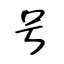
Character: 号